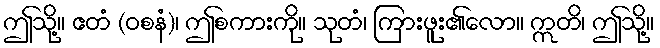
ဤသို့။ ဧတံ (ဝစနံ)၊ ဤစကားကို။ သုတံ၊ ကြားဖူး၏လော။ ဣတိ၊ ဤသို့။